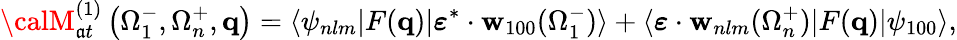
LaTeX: {\calM}_{\mathfrak{a}t}^{(1)}\left(\Omega_{1}^{-},\Omega_{n}^{+},\mathbf{{q}}\right)=\langle\psi_{nlm}|F(\mathbf{{q}})|\boldsymbol{\varepsilon}^{*}\cdot{\mathbf{{w}}}_{100}(\Omega_{1}^{-})\rangle+\langle\boldsymbol{\varepsilon}\cdot{\mathbf{{w}}}_{nlm}(\Omega_{n}^{+})|F(\mathbf{{q}})|\psi_{100}\rangle,